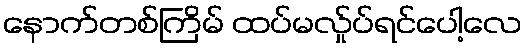
နောက်တစ်ကြိမ် ထပ်မလ်ှုပ်ရင်ပေါ့လေ